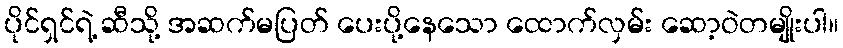
ပိုင်ရှင်ရဲ့ ဆီသို့ အဆက်မပြတ် ပေးပို့နေသော ထောက်လှမ်း ဆော့ဝဲတမျိုးပါ။